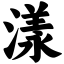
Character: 漾